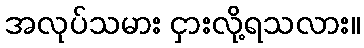
အလုပ်သမား ငှားလို့ရသလား။